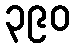
၃၉၀